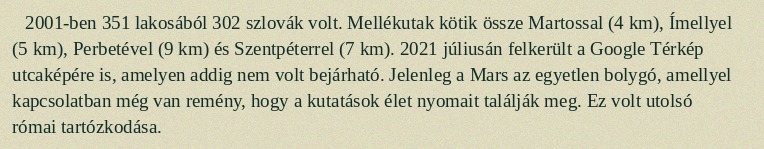
2001-ben 351 lakosából 302 szlovák volt. Mellékutak kötik össze Martossal (4 km), Ímellyel (5 km), Perbetével (9 km) és Szentpéterrel (7 km). 2021 júliusán felkerült a Google Térkép utcaképére is, amelyen addig nem volt bejárható. Jelenleg a Mars az egyetlen bolygó, amellyel kapcsolatban még van remény, hogy a kutatások élet nyomait találják meg. Ez volt utolsó római tartózkodása.